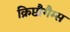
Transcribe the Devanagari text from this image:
क्रिप्टौगैम्स